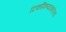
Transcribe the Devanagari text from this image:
टिकविण्याकरिता